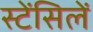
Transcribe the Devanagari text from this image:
स्टेंसिलें